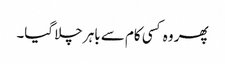
پھر وہ کسی کام سے باہر چلا گیا۔